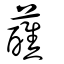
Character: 蘸